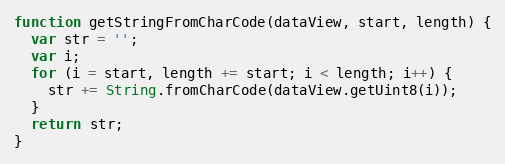
Language: JavaScript
function getStringFromCharCode(dataView, start, length) {
  var str = '';
  var i;
  for (i = start, length += start; i < length; i++) {
    str += String.fromCharCode(dataView.getUint8(i));
  }
  return str;
}